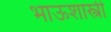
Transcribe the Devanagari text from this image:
भाऊशास्त्री